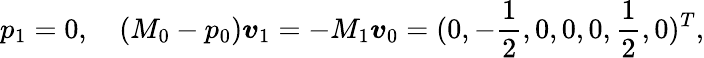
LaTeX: p_{1}=0,\quad(M_{0}-p_{0})\boldsymbol{v}_{1}=-M_{1}\boldsymbol{v}_{0}=(0,-\frac{1}{2},0,0,0,\frac{1}{2},0)^{T},